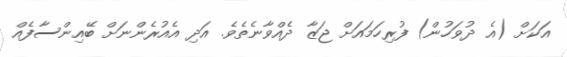
އަކަށް (އެ ދުވަހުން) ފުރިހަމައަށް ޖަޒާ ދެއްވާނެތެވެ. އަދި އެއުރެންނަށް ބޭއިންސާފެއް